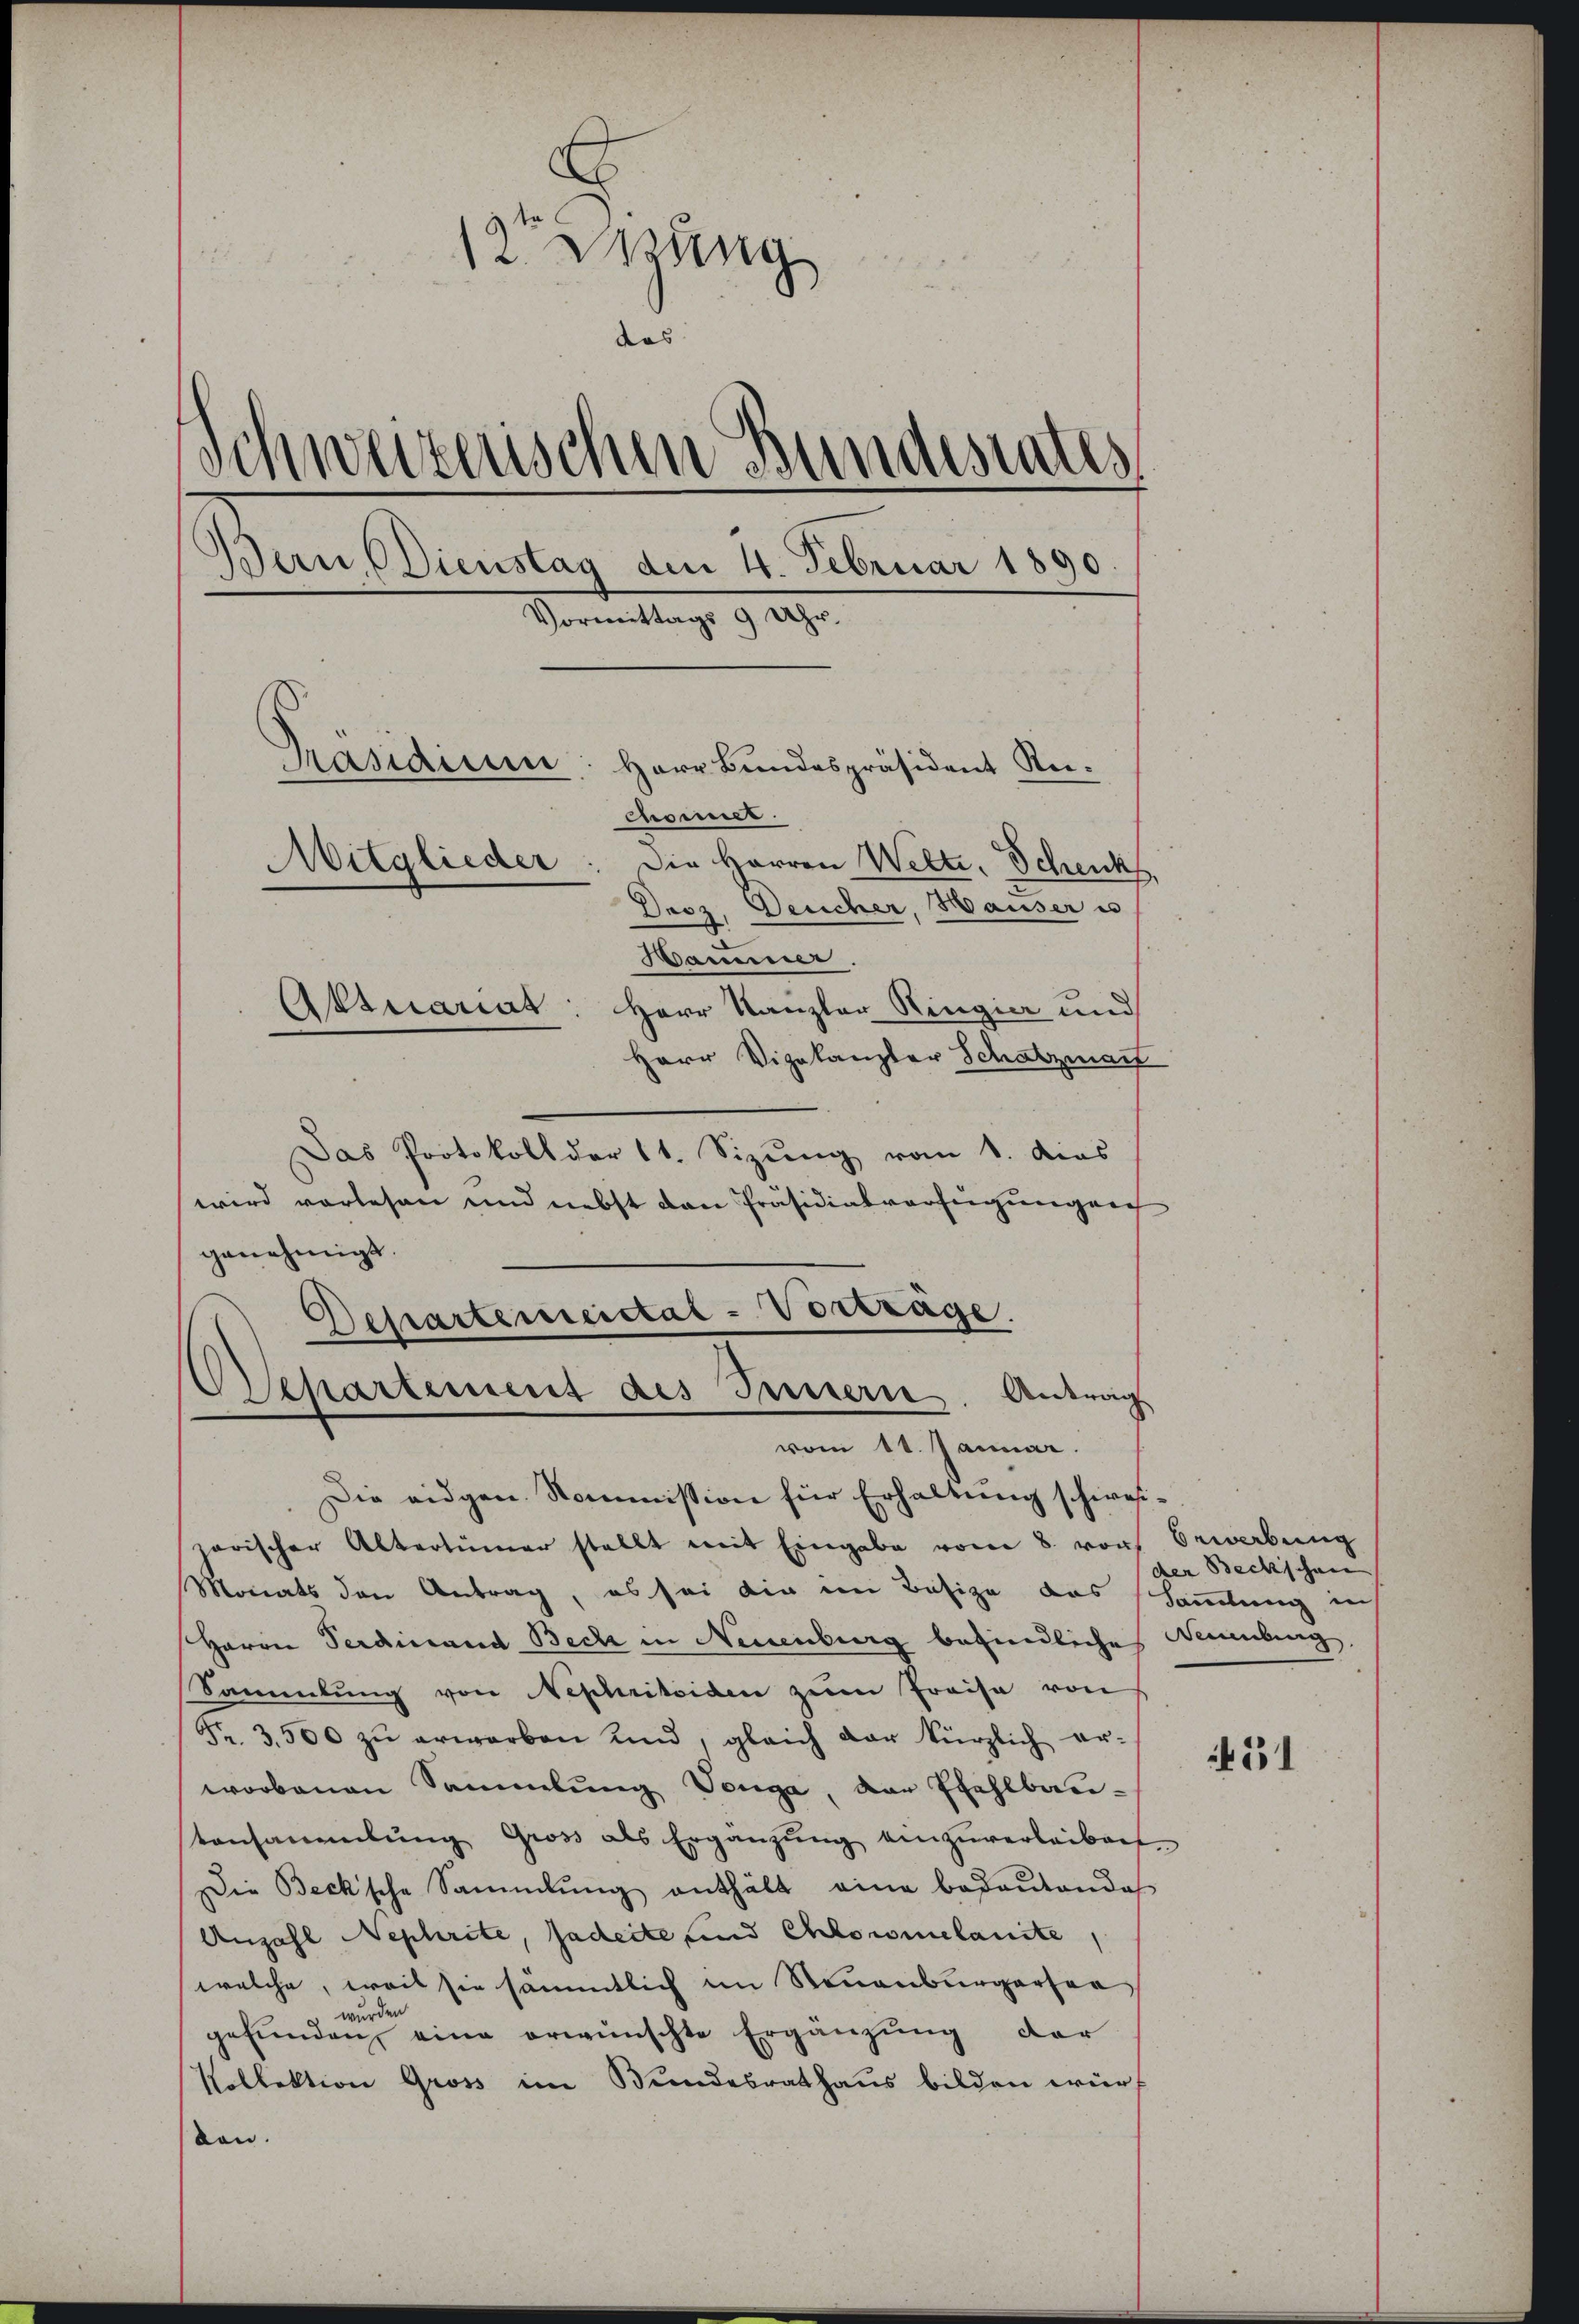
A
2 Mäng
das
Schweizerischen Bundesrates
)
Bern, Dienstag dem 4. Februar 1890
Vormittags 9 Uhr.
Präsidium: Herr Bundespräsident Reichonet.
Mitglieder
Die Herren Welte, Schenk
Droz. Deucher, Hauser u
Hammer.
Atmariat
Herr Kanzler Ringier und
Herr Vizekanzler Schatzmach

Das Protokoll der 11. Sizŭng vom 1. dies
wird vorlesen und nebst den Präsidialverfügungen
genehmigt.
Departerescictal-Vortrage.
Die eidgen. Kommission für Erhaltung schweiharischer Altertümer stellt mit Eingabe vom 8. vor Bewerbŭng
Monats den Antrag, es sei die im Besize das Samlung auf
Herrn Ferdinand Beck in Neuenburg befindliche Nennung,
Sammlung von Nephrileiden zŭm Preise von
Fr. 3500 zŭ erwarben und, gleich der kürzlich er-
worbenen Sammlung Vouga, der Pfahlbautansammlung Gross als Ergänzŭng einzŭverleiben.
Die Becksche Sammlung enthält eine bedeŭtende
Anzahl Nephrite, Gadeite und Chlormelanite
welche, weil sie sämmtlich im Steuenburgerser
wurden
gefunden, eine erwünschte Ergänzung der
Kollektion Gross im Bundesrathaus bilden würdon.

Departement des Innern. Antrag
vom 11. Januar.

der Beckschen |

51